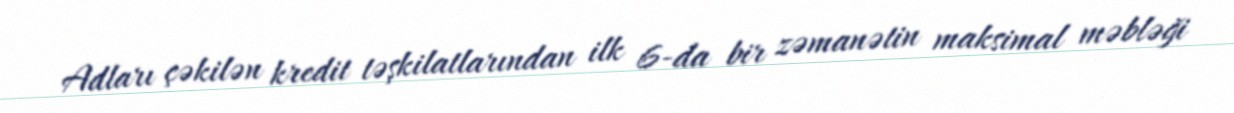
Adları çəkilən kredit təşkilatlarından ilk 6-da bir zəmanətin maksimal məbləği